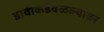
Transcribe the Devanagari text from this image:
डावीकडेवळल्यावर